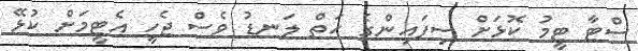
ސްޓާ ޓީމު ކޮޅަށް ސިފައިންގެ ހަތް ލަނޑު ވެސް ޖެހީ އެޓީމަށް ކުޅޭ